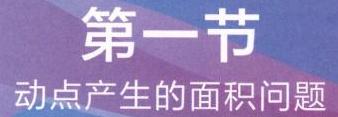
第一节
动点产生的面积问题